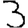
Digit: 3